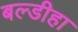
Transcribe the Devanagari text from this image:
बल्डीहा